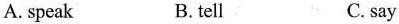
A. speak B. tell C. say